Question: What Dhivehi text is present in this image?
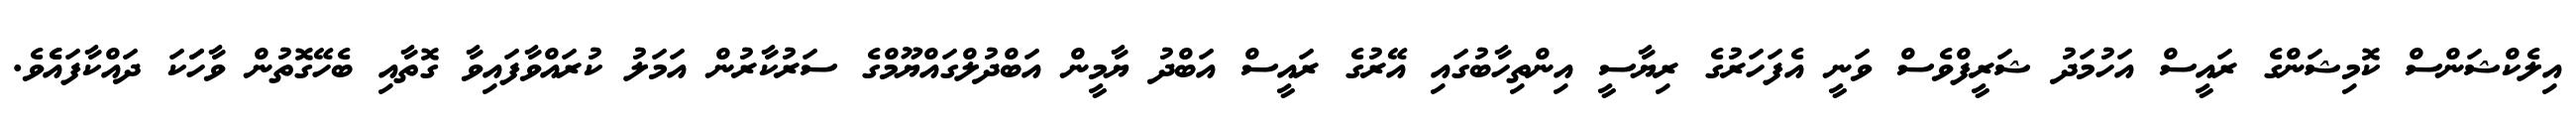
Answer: އިލެކްޝަންސް ކޮމިޝަންގެ ރައީސް އަހުމަދު ޝަރީފްވެސް ވަނީ އެފަހަރުގެ ރިޔާސީ އިންތިހާބުގައި އޭރުގެ ރައީސް އަބްދު ޔާމީން އަބްދުލްގައްޔޫމްގެ ސަރުކާރުން އަމަލު ކުރައްވާފައިވާ ގޮތާއި ބެހޭގޮތުން ވާހަަކަ ދައްކާފައެެވެ.